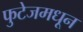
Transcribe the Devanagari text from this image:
फुटेजमधून